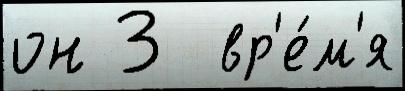
он 3  вр'е́м'я